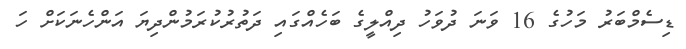
ޑިސެމްބަރު މަހުގެ 16 ވަނަ ދުވަހު ދިއްލީގެ ބަހެއްގައި ދަތުރުކުރަމުންދިޔަ އަންހެނަކަށް ހަ